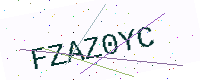
Text: FZAZ0YC